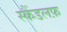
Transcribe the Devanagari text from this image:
स्कैंडलफ़